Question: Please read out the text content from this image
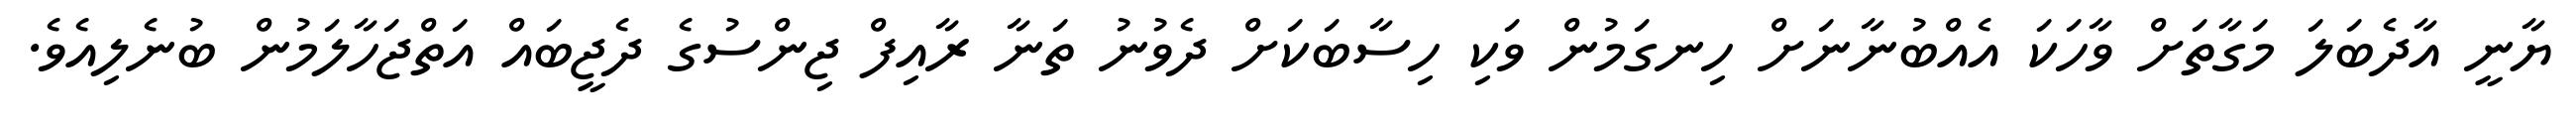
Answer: ޔާނީ އާދެބަލަ މަގާތަށް ވާހަކަ އެއްބުނާނަށް ހިނގަމުން ވަކި ހިސާބަކަށް ދެވުނު ތަނާ ރާއިފް ޖިންސުގެ ދެޖީބައް އަތްޖަހާލަމުން ބުނެލިއެވެ.